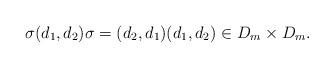
LaTeX: \begin{align*}\sigma (d_1,d_2) \sigma = (d_2,d_1) (d_1,d_2) \in D_m \times D_m.\end{align*}